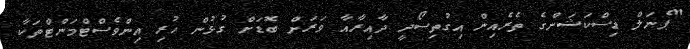
"ޕެނަލް ޑިސްކަޝަންގެ ތެރެއިން އިގުތިސޯދީ ދާއިރާއާ ވަރަށް ބޮޑަށް ގުޅުން ހުރި އިންވެސްޓްމަންޓްތަކާ